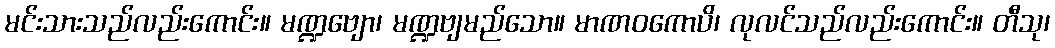
မင်းသားသည်လည်းကောင်း။ မဏ္ဍဗျော၊ မဏ္ဍဗျမည်သော။ မာဏဝကောပိ၊ လုလင်သည်လည်းကောင်း။ တီသု၊